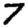
Digit: 7